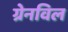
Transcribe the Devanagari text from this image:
ग्रेनविल